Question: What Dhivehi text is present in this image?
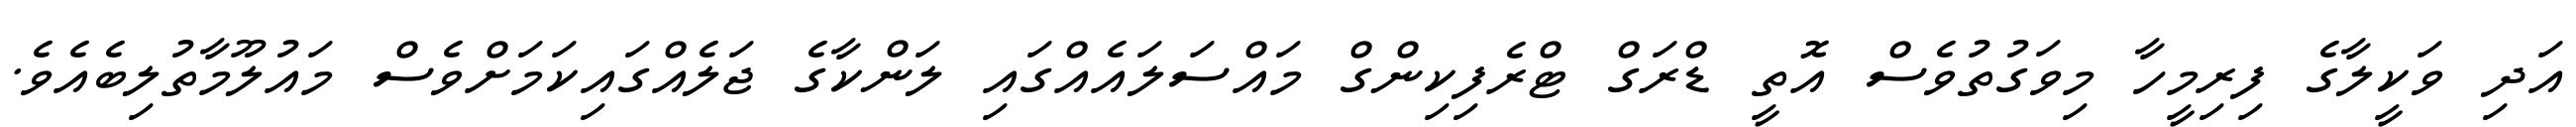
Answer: އަދި ވަކީލާގެ ފިރިމީހާ މިވަގުތުވެސް އޮތީ ޑްރަގް ޓްރެފިކިންގް މައްސަލައެއްގައި ލަންކާގެ ޖަލެއްގައިކަމަށްވެސް މައުލޫމާތުލިބެއެވެ.